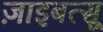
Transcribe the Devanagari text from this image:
ज़ाइबत्सू